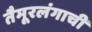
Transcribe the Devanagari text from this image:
तैमूरलंगाची